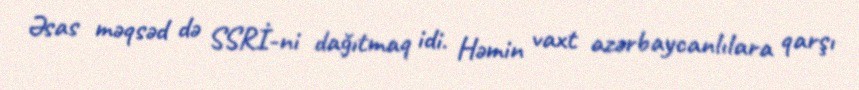
Əsas məqsəd də SSRİ-ni dağıtmaq idi. Həmin vaxt azərbaycanlılara qarşı